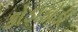
કોડાકોડી